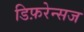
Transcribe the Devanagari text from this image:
डिफ़रेन्सज